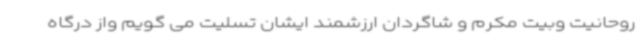
روحانیت وبیت مکرم و شاگردان ارزشمند ایشان تسلیت می گویم واز درگاه